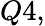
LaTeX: Q4,